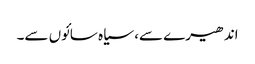
اندھیرے سے، سیاہ سائوں سے۔